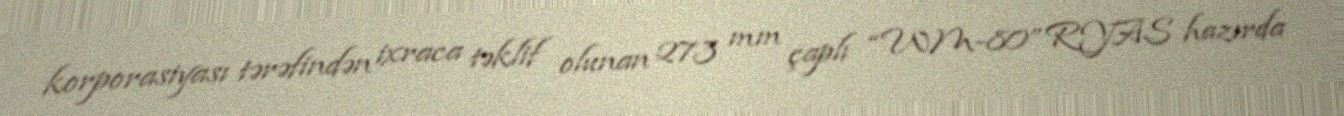
korporasiyası tərəfindən ixraca təklif olunan 273 mm çaplı “WM-80” RYAS hazırda